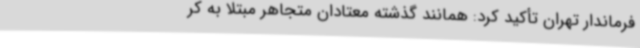
فرماندار تهران تأکید کرد: همانند گذشته معتادان متجاهر مبتلا به کر